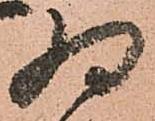
為